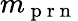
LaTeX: m_{\mathrm{~p~r~n~}}